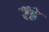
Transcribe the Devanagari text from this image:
रैंडे